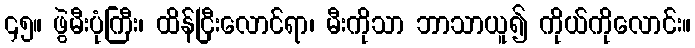
၄၅။ ဖွဲမီးပုံကြီး၊ ထိန်ငြီးလောင်ရာ၊ မီးကိုသာ ဘာသာယူ၍ ကိုယ်ကိုလောင်း။